Insane asylums in Bengal annual reports 1876-1887 - 1876-1887
Year: 1876
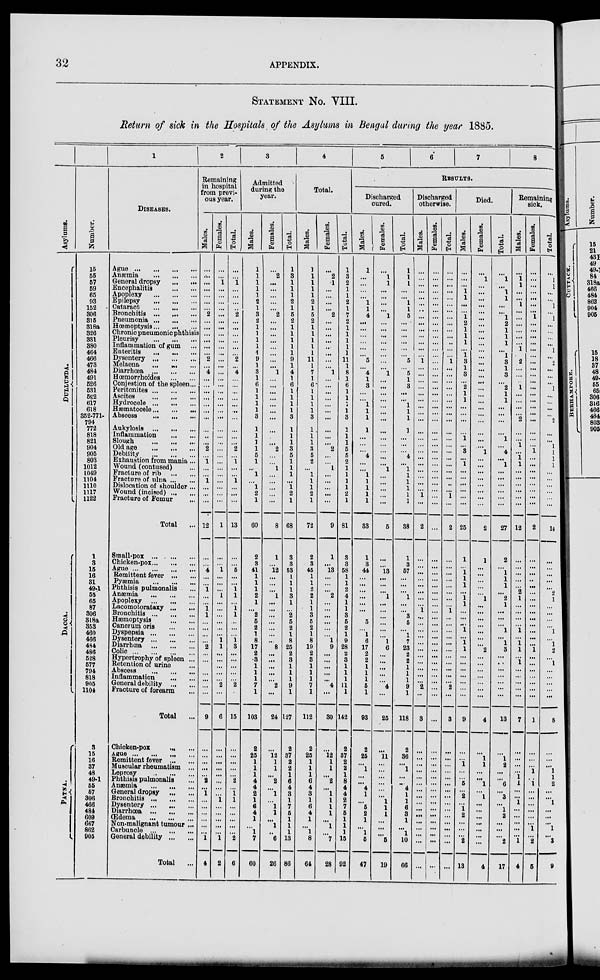
32
APPENDIX.
STATEMENT NO. VIII.
Return of sick in the Hospitals of the Asylums in Bengal during the year 1885.
Asylums.
DULLUNDA.
DACCA.
PATNA.
Number.
15
55
57
59
65
93
152
306
315
318a
326
331
380
464
466
473
484
491
526
531
582
617
618
352-771-
794
772
818
821
904
905
803
1012
1049
1104
1110
1117
1122
1
3
15
16
31
49-1
55
65
87
306
318a
353
460
466
484
486
528
577
794
818
905
1104
3
15
16
37
48
49.1
55
57
306
466
484
609
667
862
905
1
DISEASES.
Ague ... ... ... ...
Anaemia
...
...
...
General dropsy
...
...
Encephalitis
...
...
Apoplexy ... ... ...
Epilepsy ... ... ... ...
Cataract ... ... ... ...
Bronchitis
...
...
...
Pneumonia
...
...
...
Hœmoptysis ... ... ...
Chronic pneumonic phthisis
Pleurisy
...
...
...
Inflammation of gum ...
Enteritis
...
...
...
Dysentery
...
...
...
Melaena ... ... ...
Diarrhœa ... ... ... ...
Hœmorrhoides ... ... ...
Conjestion of the spleen ...
Peritonites ... ... ...
Ascites ... ... ... ...
Hydrocele
...
...
...
Hæmatocele ... ... ...
Abscess
...
...
...
Aukylosis
...
...
...
Inflammation ... ... ...
Slough
...
...
...
Old age
...
...
...
Debility
...
...
...
Exhaustion from mania ...
Wound (contused) ...
Fracture of rib ... ...
Fracture of ulna ... ...
Dislocation of shoulder ...
Wound (incised) ... ...
Fracture of Femur ...
Total ...
Small-pox
...
...
...
Chicken-pox ... ... ...
Ague
...
...
...
Remittent fever
...
...
Pyaemia
...
...
...
Phthisis pulmonalis ...
Anæmia
...
...
...
Apoplexy
...
...
...
Lacomotorataxy ... ...
Bronchitis
...
...
...
Hæmoptysis
...
...
Cancrumoris
...
...
Dyspepsia
...
...
...
Dysentery
...
...
...
Diarrhœa
...
...
...
Colic
...
...
...
...
Hypertrophy of spleen ...
Retention of urine ...
Abscess
...
...
Inflammation ... ...
General debility
...
...
Fracture of forearm ...
Total ...
Chicken-pox ... ...
Ague
...
...
...
...
Remittent fever
...
...
Muscular rheumatism ...
Leprosy ... ... ...
Phthisis pulmonalis ...
Anæmia
...
...
...
General dropsy
...
...
Bronchitis
...
...
...
Dysentery
...
...
...
Diarrhœa
...
...
...
Œdema ... ... ...
Non-malignant tumour ...
Carbuncle
...
...
...
General debility ... ...
Total ...
2
Remaining
in hospital
from previ-
ous year.
Males.
...
...
...
...
...
...
...
2
...
...
...
...
...
...
2
...
4
...
...
...
...
...
...
...
...
...
...
2
...
1
...
...
1
...
...
...
12
...
...
4
...
...
1
...
...
1
1
...
...
...
...
2
...
...
...
...
...
...
...
9
...
...
...
...
...
2
...
1
...
...
...
...
...
...
1
4
Females.
...
...
1
...
...
...
...
...
...
...
...
...
...
...
...
...
...
...
...
...
...
...
...
...
...
...
...
...
...
...
...
...
...
...
...
...
1
...
...
1
...
...
...
1
...
...
...
...
...
...
1
1
...
...
...
...
...
2
...
6
...
...
...
...
...
...
...
...
1
...
...
...
...
...
1
2
Total.
...
...
1
...
...
...
...
2
...
...
...
...
...
...
2
...
4
...
...
...
...
...
...
...
...
...
...
2
...
1
...
...
1
...
...
...
13
...
...
5
...
...
1
1
...
1
1
...
...
...
1
3
...
...
...
...
...
2
...
15
...
...
...
...
...
2
...
1
1
. ..
...
...
...
...
2
6
3
Admitted
during the
year.
Males.
1
1
1
1
1
2
1
3
2
1
1
1
1
1
9
1
3
1
6
1
1
1
1
3
1
1
1
1
5
1
...
1
...
1
2
1
60
2
3
41
1
1
1
2
1
...
2
5
2
1
8
17
2
3
1
1
1
7
1
103
2
25
1
1
1
4
4
2
1
6
4
1
...
1
7
60
Females.
...
2
...
...
...
...
...
2
...
...
...
...
...
...
...
...
1
...
...
...
...
...
...
...
...
...
...
2
...
...
1
...
...
...
...
...
8
1
...
12
...
...
...
1
...
...
...
...
...
...
...
8
...
...
...
...
...
2
...
24
...
12
1
1
...
2
...
1
...
1
1
...
1
...
6
26
Total.
1
3
1
1
1
2
1
5
2
1
1
1
1
1
9
1
4
1
6
1
1
1
1
3
1
1
1
3
5
1
1
1
...
1
2
1
68
3
3
53
1
1
1
3
1
...
2
5
2
1
8
25
2
3
1
1
1
9
1
127
2
37
2
2
1
6
4
3
1
7
5
1
1
1
13
86
4
Total.
Males.
1
1
1
1
1
2
1
5
2
1
1
1
1
1
11
1
7
1
6
1
1
1
1
3
1
1
1
3
5
2
...
1
1
1
2
1
72
2
3
45
1
1
2
2
1
1
3
5
2
1
8
19
2
3
1
1
1
7
1
112
2
25
1
1
1
6
4
3
1
6
4
1
...
1
8
64
Females.
...
2
1
...
...
...
...
2
...
...
...
...
...
...
...
...
1
...
...
...
...
...
...
...
...
...
...
2
...
...
1
...
...
...
...
...
9
1
...
13
...
...
...
2
...
...
...
...
...
...
1
9
...
...
...
...
...
4
...
30
12
1
1
...
2
...
1
1
1
1
...
1
...
7
28
Total.
1
3
2
1
1
2
1
7
2
1
1
1
1
1
11
1
8
1
6
1
1
1
1
3
1
1
1
5
5
2
1
1
1
1
2
1
81
3
3
58
1
1
2
4
1
1
3
5
2
1
9
28
2
3
1
1
1
11
1
142
2
37
2
2
1
8
4
4
2
7
5
1
1
1
15
92
5
6
7
8
RESULTS.
Discharged
cured.
Males.
1
...
...
...
...
1
1
4
...
...
...
...
...
...
5
...
4
1
3
...
...
1
1
1
1
...
...
...
4
...
...
1
1
1
1
1
33
1
3
44
...
...
...
...
...
...
5
...
1
6
17
2
2
1
1
1
5
1
93
2
25
...
1
...
...
4
1
...
5
2
1
...
1
5
47
Females.
...
1
1
...
...
...
...
1
...
...
...
...
...
...
...
...
1
...
...
...
...
...
...
...
...
...
...
...
...
...
1
...
...
...
...
...
5
...
...
13
...
...
...
1
...
...
...
...
...
...
1
6
...
...
...
...
...
4
...
25
...
11 ...
...
...
...
...
...
1
1
1
...
...
...
5
19
Total.
1
1
1
...
...
1
1
5
...
...
...
...
...
...
5
...
5 1
3
...
...
1
1
1
1
...
...
...
4
...
1
1
1
1
1
1
38
1
3
57
...
...
...
1
...
...
3
5
...
1
7
23
2
2
1
1
1
9
1
118
2
36
...
1
...
...
4
1
1
6
3
1
...
1
10
66
Discharged
otherwise.
Males.
...
...
...
...
...
...
..
...
...
...
...
...
...
...
1
...
...
...
...
...
...
...
...
...
...
...
...
...
...
...
...
...
...
...
1
...
2
...
...
...
...
...
...
...
...
1
...
...
...
...
...
...
...
...
...
...
...
2
...
3
...
...
...
...
...
...
...
...
...
...
...
...
...
...
...
...
Females.
...
...
...
...
...
...
...
...
...
...
...
...
...
...
...
...
...
...
...
...
...
...
...
...
...
...
...
...
...
...
...
...
...
...
...
...
...
...
...
...
...
...
...
...
...
...
...
...
...
...
...
...
...
...
...
...
...
...
...
...
...
...
...
...
...
...
...
...
...
...
...
...
...
...
...
...
Total.
...
...
...
...
...
...
...
...
...
...
...
...
...
...
1
...
...
...
...
...
...
...
...
...
...
...
...
...
...
...
...
...
...
1
...
2
...
...
...
...
...
...
...
...
1
...
...
...
...
...
...
...
...
...
...
...
2
...
3
...
...
...
...
...
...
...
...
...
...
...
...
...
...
...
...
Died.
Males.
...
...
...
1
1
...
...
1
2
1
1
1
...
1
3
1
3
...
2
1
1
...
...
...
...
1
...
3
...
1
...
...
...
...
...
...
25
1
...
1 1
1
...
1
1
...
...
...
1
...
1
1
...
...
...
...
...
...
...
9
...
...
1
...
...
5
...
2
...
1 2
...
...
...
2
13
Females.
...
1
...
...
...
...
...
...
...
...
...
...
...
...
...
...
...
...
...
...
...
...
...
...
...
...
...
1
...
...
...
...
...
...
...
...
2
1
...
...
...
...
...
1
...
...
...
...
...
2
...
...
...
...
...
...
...
4
...
1
1
...
...
1
...
1
...
...
...
...
...
...
...
4
Total.
...
1
...
1
1
...
...
...
...
...
...
...
...
...
...
...
...
...
...
...
...
...
...
...
...
1
...
4
...
1
...
...
...
...
...
27
2
...
1
1
1
...
2
1
. ..
. ..
...
1
...
1
3
...
...
...
...
...
...
...
18
...
1
2
...
...
6
...
3
...
1
2
...
...
...
2
17
Remaining
sick.
Males.
...
1 1
...
...
1
...
...
...
...
...
...
1
...
2
...
...
1
...
...
...
...
2
...
...
1
...
1
1
...
...
...
...
...
...
12
...
...
...
...
...
2
1
...
...
...
...
1
...
1
1
...
1
...
...
...
...
...
7
...
...
...
...
1
1
...
...
1
...
...
...
...
...
1
4
Females.
...
...
...
...
...
...
...
1
...
...
...
...
...
...
...
...
...
...
...
...
...
...
...
...
...
...
...
1
...
...
...
...
...
...
...
...
2
...
...
...
...
...
...
...
...
...
...
...
...
...
...
1
...
...
...
...
...
...
...
1
...
...
...
1
...
1
...
...
...
...
...
...
1
...
2
5
Total.
...
1
1
...
...
1
...
1
...
...
...
...
1
...
2
...
...
...
1
...
...
...
...
2
...
...
1
1
1
1
...
...
...
...
...
...
14
...
...
...
...
...
2
1
...
...
...
...
1
...
1
2
...
1
...
...
...
...
...
8
...
...
...
1
1
2
...
...
1
...
...
...
1
...
3
9